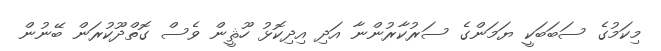
މިކަމުގެ ސަބަބަކީ ޔަމަންގެ ސަރުކާރުންނާ އަދި އިދިކޮޅު ހޫޘީން ވެސް ގޮތްދޫކުރަން ބޭނުން